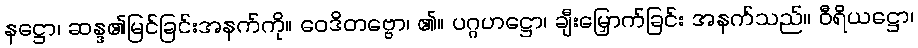
နဋ္ဌော၊ ဆန္ဒ၏မြင်ခြင်းအနက်ကို။ ဝေဒိတဗ္ဗော၊ ၏။ ပဂ္ဂဟဋ္ဌော၊ ချီးမြှောက်ခြင်း အနက်သည်။ ဝီရိယဋ္ဌော၊